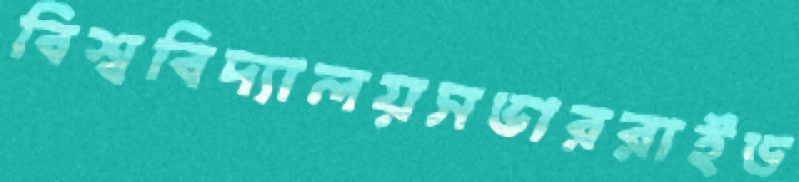
বিশ্ববিদ্যালয়সভাররাইড